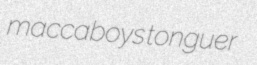
maccaboys tonguer